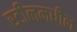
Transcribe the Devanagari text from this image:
स्टीलमधील